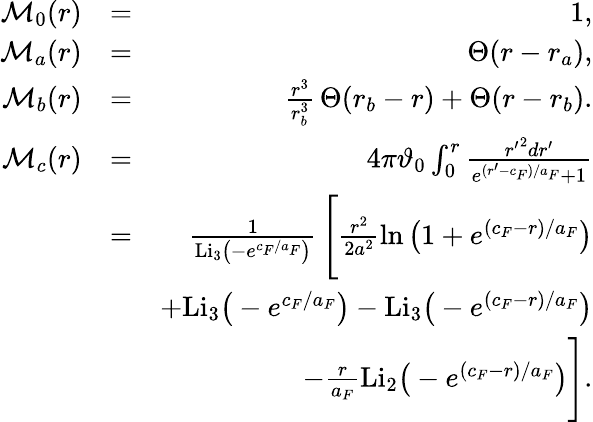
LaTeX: \begin{array}{rlr}{\mathcal{M}_{0}(r)}&{=}&{1,}\\ {\mathcal{M}_{a}(r)}&{=}&{\Theta(r-r_{a}),}\\ {\mathcal{M}_{b}(r)}&{=}&{\frac{r^{3}}{r_{b}^{3}}\, \Theta(r_{b}-r)+\Theta(r-r_{b}).}\\ {\mathcal{M}_{c}(r)}&{=}&{4\pi\vartheta_{0}\int_{0}^{r}\frac{{r^{\prime}}^{2}dr^{\prime}}{e^{(r^{\prime}-c_{F})/a_{F}}+1}}\\ &{=}&{\frac{1}{\mathrm{Li}_{3}\big(-e^{c_{F}/a_{F}}\big)}\, \Bigg[\frac{r^{2}}{2a^{2}}\ln\big(1+e^{(c_{F}-r)/a_{F}}\big)}\\ &{}&{+\mathrm{Li}_{3}\big(-e^{c_{F}/a_{F}}\big)-\mathrm{Li}_{3}\big(-e^{(c_{F}-r)/a_{F}}\big)}\\ &{}&{-\frac{r}{a_{F}}\mathrm{Li}_{2}\big(-e^{(c_{F}-r)/a_{F}}\big)\Bigg].}\end{array}